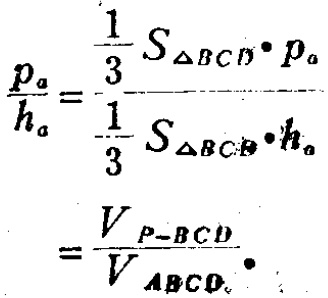
\[\begin{align*}

\frac{p_{a}}{h_{a}}&=\frac{\frac{1}{3}S_{\triangle BCD}\cdot p_{a}}{\frac{1}{3}S_{\triangle BCD}\cdot h_{a}}\\

&=\frac{V_{P - BCD}}{V_{ABCD}}

\end{align*}\]